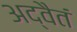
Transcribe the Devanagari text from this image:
अद्वैतं